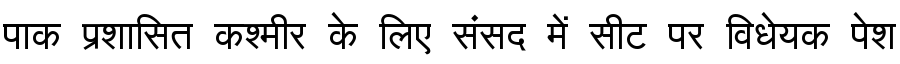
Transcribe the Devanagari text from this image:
पाक प्रशासित कश्मीर के लिए संसद में सीट पर विधेयक पेश